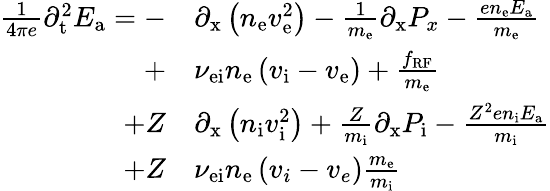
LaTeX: \begin{array}{rl}{\frac{1}{4\pi e}{\partial_{\mathrm{t}}^{2}}E_{\mathrm{a}}=-}&{{\partial_{\mathrm{x}}\left(n_{\mathrm{e}}v_{\mathrm{e}}^{2}\right)}-\frac{1}{m_{\mathrm{e}}}{\partial_{\mathrm{x}}P_{x}}-\frac{en_{\mathrm{e}}E_{\mathrm{a}}}{m_{\mathrm{e}}}}\\ {+}&{\nu_{\mathrm{ei}}n_{\mathrm{e}}\left(v_{\mathrm{i}}-v_{\mathrm{e}}\right)+\frac{f_{\mathrm{RF}}}{m_{\mathrm{e}}}}\\ {+Z}&{{\partial_{\mathrm{x}}\left(n_{\mathrm{i}}v_{\mathrm{i}}^{2}\right)}+\frac{Z}{m_{\mathrm{i}}}{\partial_{\mathrm{x}}P_{\mathrm{i}}}-\frac{Z^{2}en_{\mathrm{i}}E_{\mathrm{a}}}{m_{\mathrm{i}}}}\\ {+Z}&{\nu_{\mathrm{ei}}n_{\mathrm{e}}\left(v_{i}-v_{e}\right)\frac{m_{\mathrm{e}}}{m_{\mathrm{i}}}}\end{array}